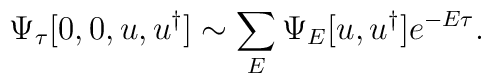
\Psi _{\tau }[0,0,u,u^{\dagger }]\sim \sum _{E}\Psi _{E}[u,u^{\dagger }]e^{-E\tau }.